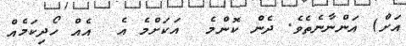
އަށް) އަންނާނެތެވެ. ދެން ކޮންމެ  އަކަށްމެ އެ  އެއް ހޯދިކަމެއް